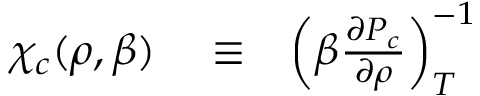
\begin{array} { r l r } { \chi _ { c } ( \rho , \beta ) } & { { } \equiv } & { \left( \beta \frac { \partial P _ { c } } { \partial \rho } \right) _ { T } ^ { - 1 } } \end{array}